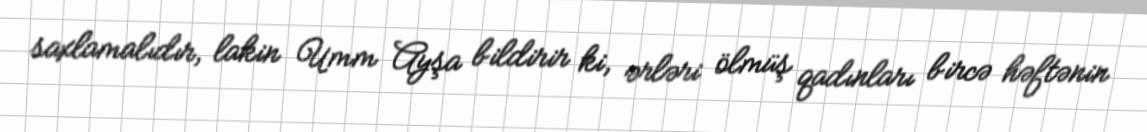
saxlamalıdır, lakin Umm Ayşa bildirir ki, ərləri ölmüş qadınları bircə həftənin